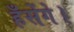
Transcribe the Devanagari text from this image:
हँसेंगे।